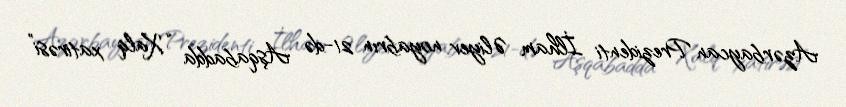
Azərbaycan Prezidenti İlham Əliyev noyabrın 21-də Aşqabadda “Xalq xatirəsi”